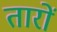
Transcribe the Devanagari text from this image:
तारों